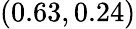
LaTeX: (0.63,0.24)